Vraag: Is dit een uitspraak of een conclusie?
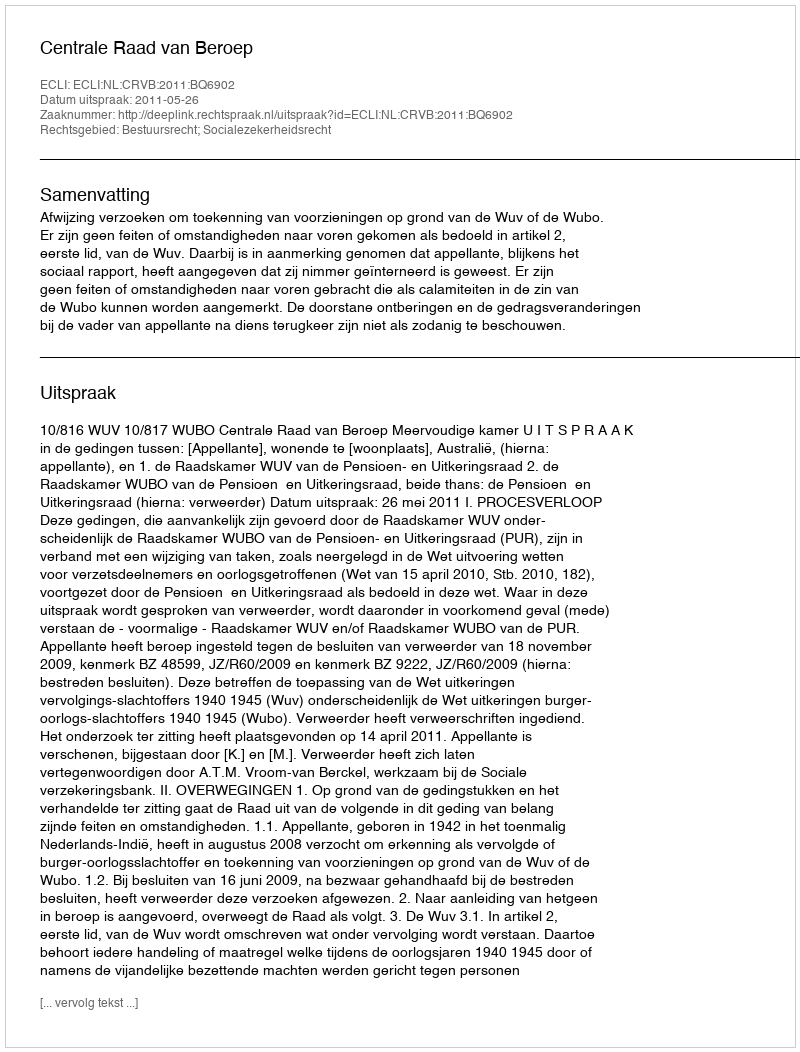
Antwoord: Uitspraak